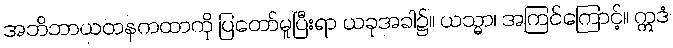
အဘိဘာယတနကထာကို ပြတော်မူပြီးရာ ယခုအခါ၌။ ယသ္မာ၊ အကြင်ကြောင့်။ ဣဒံ